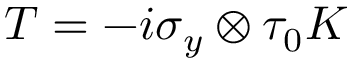
T = - i \sigma _ { y } \otimes \tau _ { 0 } K